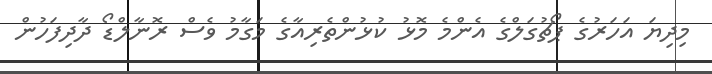
މިދިޔަ އަހަރުގެ ޕޯޗުގަލްގެ އެންމެ މޮޅު ކުޅުންތެރިއާގެ މަގާމު ވެސް ރޮނާލްޑޯ ދާދިފަހުން